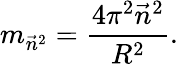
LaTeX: m_{\vec{n}^{2}}={\frac{4\pi^{2}\vec{n}^{2}}{R^{2}}}.\,